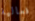
فعالية